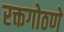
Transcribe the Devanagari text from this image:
रक्तगोठणे